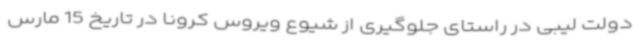
دولت لیبی در راستای جلوگیری از شیوع ویروس کرونا در تاریخ 15 مارس